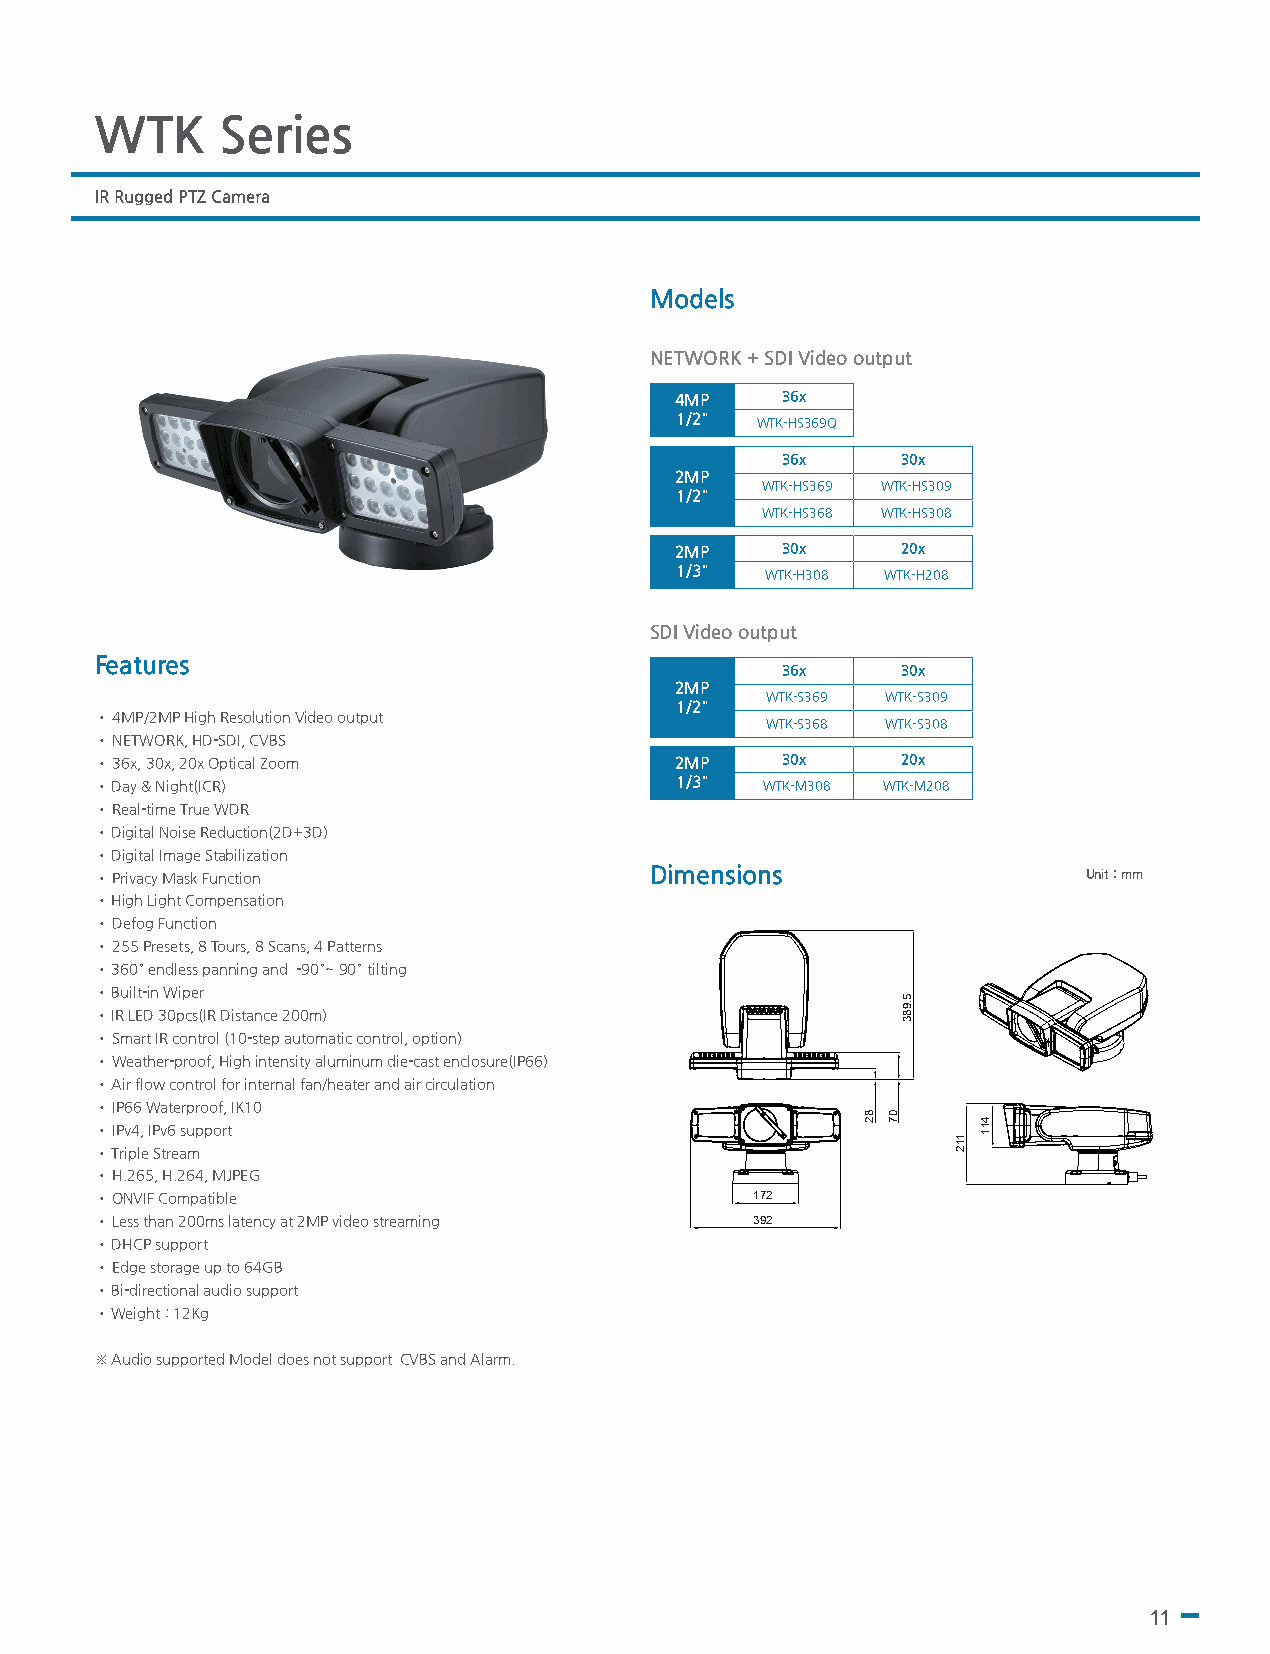
WTK      Series
 IR Rugged PTZ Camera
 Models
 NETWORK + SDI Video output
 4MP    36x
 1/2" WTK-HS369Q
 36x     30x
 2MP
 WTK-HS369 WTK-HS309
 1/2"
 WTK-HS368 WTK-HS308
 2MP    30x     20x
 1/3"  WTK-H308 WTK-H208
 SDI Video output
 Features
 36x     30x
 2MP
 WTK-S369 WTK-S309
 1/2"
 • 4MP/2MP High Resolution Video output
 WTK-S368 WTK-S308
 • NETWORK, HD-SDI, CVBS
 • 36x, 30x, 20x Optical Zoom           2MP    30x     20x
 • Day & Night(ICR)                     1/3"  WTK-M308 WTK-M208
 • Real-time True WDR
 • Digital Noise Reduction(2D+3D)
 • Digital Image Stabilization
 • Privacy Mask Function              Dimensions                   Unit : mm
 • High Light Compensation
 • Defog Function
 • 255 Presets, 8 Tours, 8 Scans, 4 Patterns
 • 360° endless panning and -90°~ 90° tilting
 • Built-in Wiper
 • IR LED 30pcs(IR Distance 200m)
 • Smart IR control (10-step automatic control, option)
 • Weather-proof, High intensity aluminum die-cast enclosure(IP66)
 • Air flow control for internal fan/heater and air circulation
 • IP66 Waterproof, IK10
 • IPv4, IPv6 support
 • Triple Stream
 • H.265, H.264, MJPEG
 • ONVIF Compatible                          172
 • Less than 200ms latency at 2MP video streaming 392
 • DHCP support
 • Edge storage up to 64GB
 • Bi-directional audio support
 • Weight : 12Kg
 ※ Audio supported Model does not support CVBS and Alarm.
 11
 82 07
 5.983
 112
 411